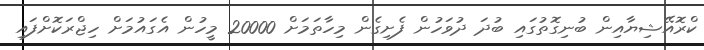
ކްރޮއޭޝިޔާއިން ބުނިގޮތުގައި ބުދަ ދުވަހުން ފެށިގެން މިހާތަމަށް 20000 މީހުން އެގައުމަށް ހިޖްރަކޮށްފައި